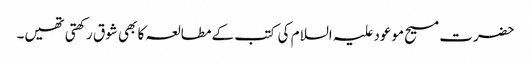
حضرت مسیح موعود علیہ السلام کی کتب کے مطالعہ کا بھی شوق رکھتی تھیں۔